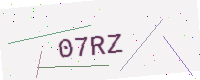
Text: 07RZ